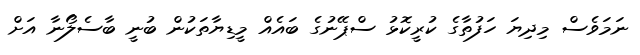
ނަމަވެސް މިދިޔަ ހަފުތާގެ ކުރީކޮޅު ސްޕޭނުގެ ބައެއް މީޑިޔާތަކުން ބުނީ ބާސެލޯނާ އަށް